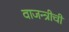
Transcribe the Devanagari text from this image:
वाजन्त्रीची